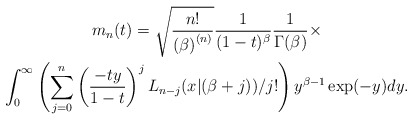
\begin{gather*}m_{n}(t)=\allowbreak \sqrt{\frac{n!}{\left( \beta \right) ^{\left( n\right) }}}\frac{1}{(1-t)^{\beta }}\frac{1}{\Gamma (\beta )}\times \\\int_{0}^{\infty }\left( \sum_{j=0}^{n}\left( \frac{-ty}{1-t}\right)^{j}L_{n-j}(x|(\beta +j))/j!\right) y^{\beta -1}\exp (-y)dy.\end{gather*}